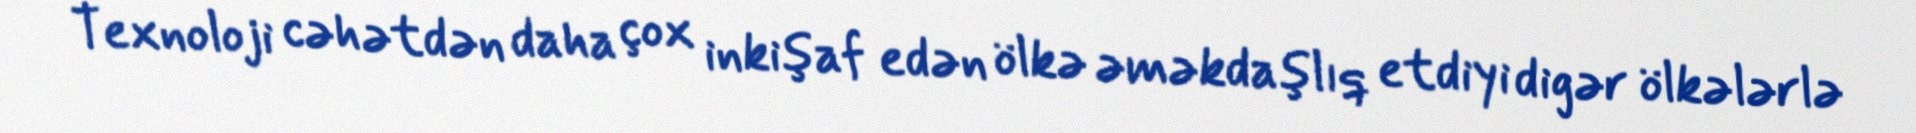
Texnoloji cəhətdən daha çox inkişaf edən ölkə əməkdaşlıq etdiyi digər ölkələrlə